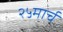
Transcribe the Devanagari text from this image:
२५मार्च